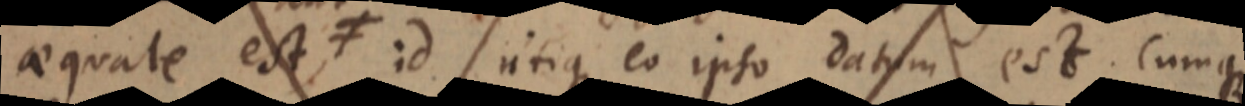
aequale est, ≠ id utique eo ipso datum est. Cumque